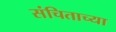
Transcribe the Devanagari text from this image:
संचिताच्या